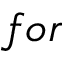
f o r